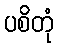
ပစိတုံ